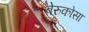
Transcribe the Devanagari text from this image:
वेरुकोसा